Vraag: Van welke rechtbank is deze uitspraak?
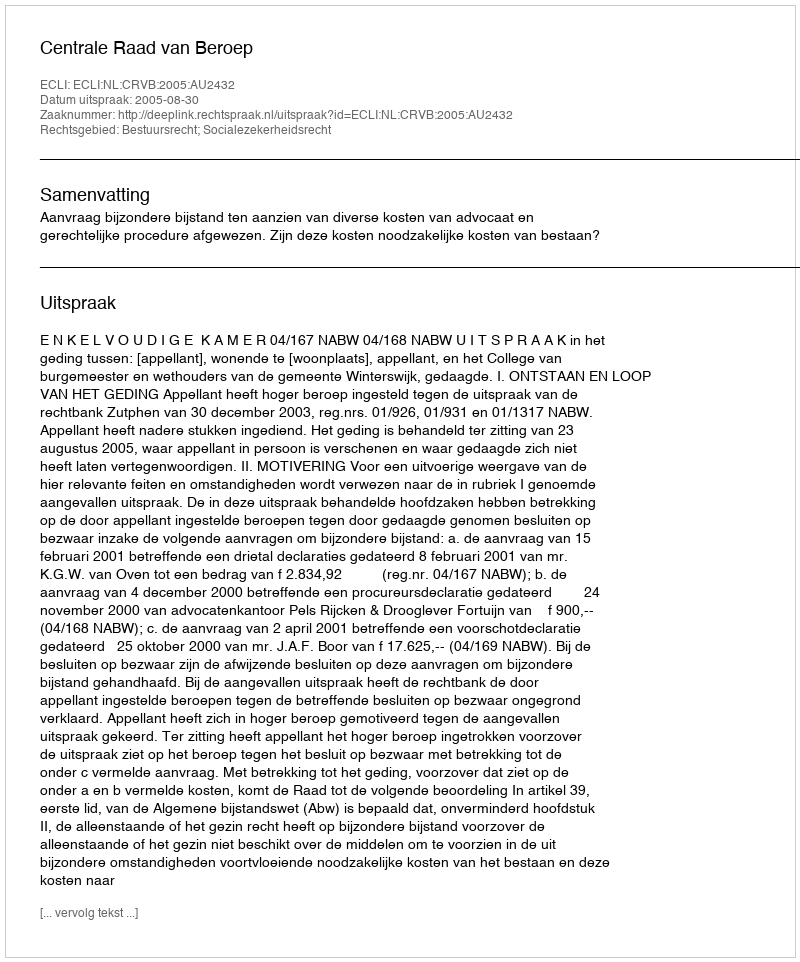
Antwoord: Centrale Raad van Beroep